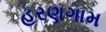
હરણગામ